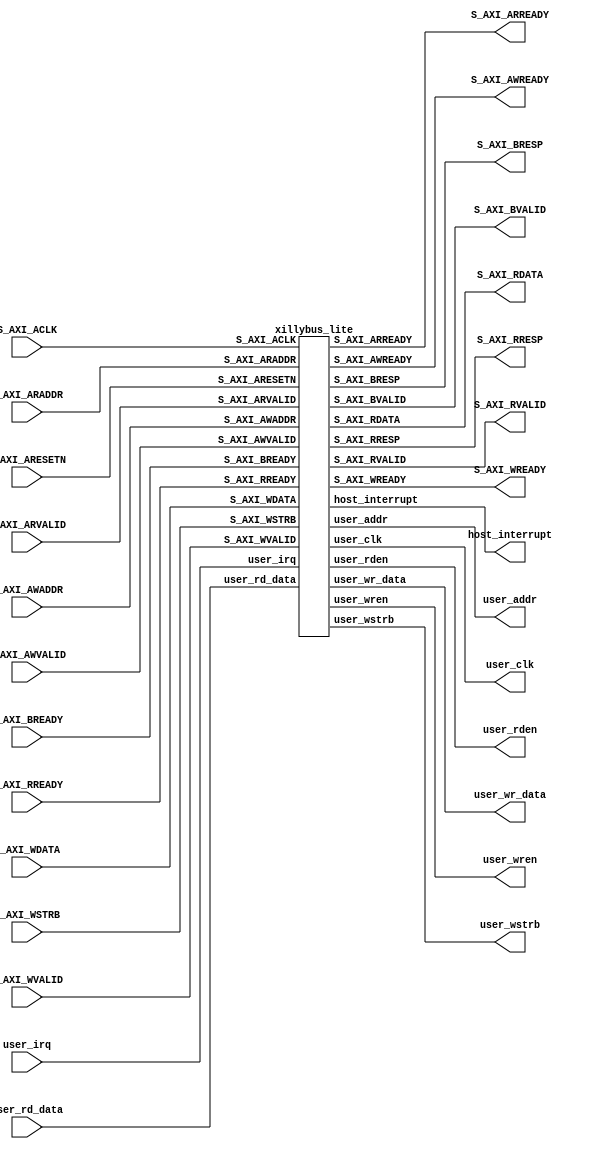
//-----------------------------------------------------------------------------
// system_xillybus_lite_0_wrapper.v
//-----------------------------------------------------------------------------

module system_xillybus_lite_0_wrapper
  (
    S_AXI_ACLK,
    S_AXI_ARESETN,
    S_AXI_AWADDR,
    S_AXI_AWVALID,
    S_AXI_WDATA,
    S_AXI_WSTRB,
    S_AXI_WVALID,
    S_AXI_BREADY,
    S_AXI_ARADDR,
    S_AXI_ARVALID,
    S_AXI_RREADY,
    S_AXI_ARREADY,
    S_AXI_RDATA,
    S_AXI_RRESP,
    S_AXI_RVALID,
    S_AXI_WREADY,
    S_AXI_BRESP,
    S_AXI_BVALID,
    S_AXI_AWREADY,
    host_interrupt,
    user_clk,
    user_wren,
    user_wstrb,
    user_rden,
    user_rd_data,
    user_wr_data,
    user_addr,
    user_irq
  );
  input S_AXI_ACLK;
  input S_AXI_ARESETN;
  input [31:0] S_AXI_AWADDR;
  input S_AXI_AWVALID;
  input [31:0] S_AXI_WDATA;
  input [3:0] S_AXI_WSTRB;
  input S_AXI_WVALID;
  input S_AXI_BREADY;
  input [31:0] S_AXI_ARADDR;
  input S_AXI_ARVALID;
  input S_AXI_RREADY;
  output S_AXI_ARREADY;
  output [31:0] S_AXI_RDATA;
  output [1:0] S_AXI_RRESP;
  output S_AXI_RVALID;
  output S_AXI_WREADY;
  output [1:0] S_AXI_BRESP;
  output S_AXI_BVALID;
  output S_AXI_AWREADY;
  output host_interrupt;
  output user_clk;
  output user_wren;
  output [3:0] user_wstrb;
  output user_rden;
  input [31:0] user_rd_data;
  output [31:0] user_wr_data;
  output [31:0] user_addr;
  input user_irq;

  (* BOX_TYPE = "user_black_box" *)
  xillybus_lite
    xillybus_lite_0 (
      .S_AXI_ACLK ( S_AXI_ACLK ),
      .S_AXI_ARESETN ( S_AXI_ARESETN ),
      .S_AXI_AWADDR ( S_AXI_AWADDR ),
      .S_AXI_AWVALID ( S_AXI_AWVALID ),
      .S_AXI_WDATA ( S_AXI_WDATA ),
      .S_AXI_WSTRB ( S_AXI_WSTRB ),
      .S_AXI_WVALID ( S_AXI_WVALID ),
      .S_AXI_BREADY ( S_AXI_BREADY ),
      .S_AXI_ARADDR ( S_AXI_ARADDR ),
      .S_AXI_ARVALID ( S_AXI_ARVALID ),
      .S_AXI_RREADY ( S_AXI_RREADY ),
      .S_AXI_ARREADY ( S_AXI_ARREADY ),
      .S_AXI_RDATA ( S_AXI_RDATA ),
      .S_AXI_RRESP ( S_AXI_RRESP ),
      .S_AXI_RVALID ( S_AXI_RVALID ),
      .S_AXI_WREADY ( S_AXI_WREADY ),
      .S_AXI_BRESP ( S_AXI_BRESP ),
      .S_AXI_BVALID ( S_AXI_BVALID ),
      .S_AXI_AWREADY ( S_AXI_AWREADY ),
      .host_interrupt ( host_interrupt ),
      .user_clk ( user_clk ),
      .user_wren ( user_wren ),
      .user_wstrb ( user_wstrb ),
      .user_rden ( user_rden ),
      .user_rd_data ( user_rd_data ),
      .user_wr_data ( user_wr_data ),
      .user_addr ( user_addr ),
      .user_irq ( user_irq )
    );

endmodule

module xillybus_lite
  (
    S_AXI_ACLK,
    S_AXI_ARESETN,
    S_AXI_AWADDR,
    S_AXI_AWVALID,
    S_AXI_WDATA,
    S_AXI_WSTRB,
    S_AXI_WVALID,
    S_AXI_BREADY,
    S_AXI_ARADDR,
    S_AXI_ARVALID,
    S_AXI_RREADY,
    S_AXI_ARREADY,
    S_AXI_RDATA,
    S_AXI_RRESP,
    S_AXI_RVALID,
    S_AXI_WREADY,
    S_AXI_BRESP,
    S_AXI_BVALID,
    S_AXI_AWREADY,
    host_interrupt,
    user_clk,
    user_wren,
    user_wstrb,
    user_rden,
    user_rd_data,
    user_wr_data,
    user_addr,
    user_irq
  );
  input S_AXI_ACLK;
  input S_AXI_ARESETN;
  input [31:0] S_AXI_AWADDR;
  input S_AXI_AWVALID;
  input [31:0] S_AXI_WDATA;
  input [3:0] S_AXI_WSTRB;
  input S_AXI_WVALID;
  input S_AXI_BREADY;
  input [31:0] S_AXI_ARADDR;
  input S_AXI_ARVALID;
  input S_AXI_RREADY;
  output S_AXI_ARREADY;
  output [31:0] S_AXI_RDATA;
  output [1:0] S_AXI_RRESP;
  output S_AXI_RVALID;
  output S_AXI_WREADY;
  output [1:0] S_AXI_BRESP;
  output S_AXI_BVALID;
  output S_AXI_AWREADY;
  output host_interrupt;
  output user_clk;
  output user_wren;
  output [3:0] user_wstrb;
  output user_rden;
  input [31:0] user_rd_data;
  output [31:0] user_wr_data;
  output [31:0] user_addr;
  input user_irq;
endmodule